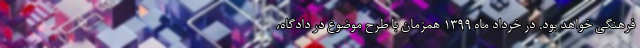
فرهنگی خواهد بود. در خرداد ماه ۱۳۹۹ همزمان با طرح موضوع در دادگاه،